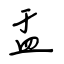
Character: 盂